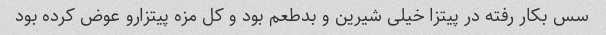
سس بکار رفته در پیتزا خیلی شیرین و بدطعم بود و کل مزه پیتزارو عوض کرده بود